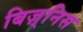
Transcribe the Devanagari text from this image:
बिज़्निस